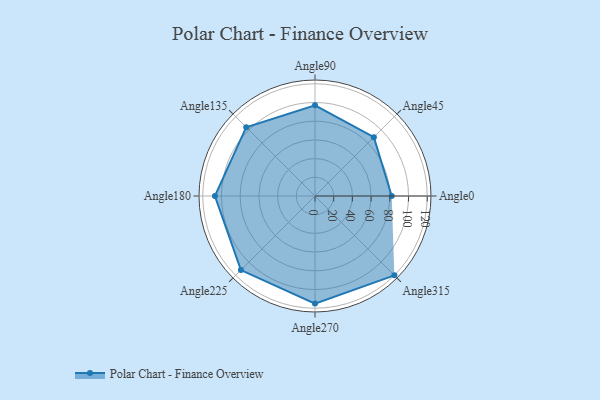
{"axis": {"x": "Angle", "y": "Radius"}, "legend": [""], "data": [{"x": "Angle0", "y": 82.0, "type": ""}, {"x": "Angle45", "y": 89.0, "type": ""}, {"x": "Angle90", "y": 97.0, "type": ""}, {"x": "Angle135", "y": 104.0, "type": ""}, {"x": "Angle180", "y": 107.0, "type": ""}, {"x": "Angle225", "y": 112.0, "type": ""}, {"x": "Angle270", "y": 115.0, "type": ""}, {"x": "Angle315", "y": 120.0, "type": ""}]}